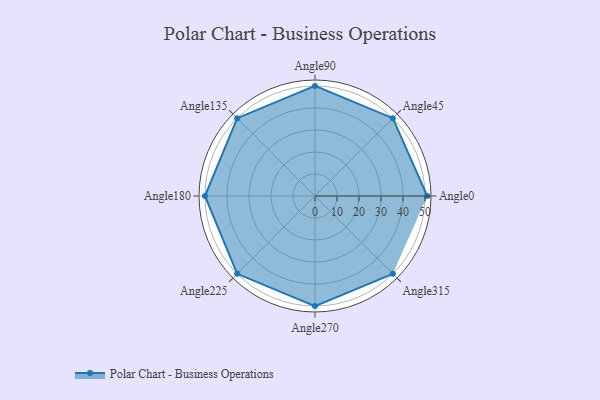
{"axis": {"x": "Angle", "y": "Radius"}, "legend": [""], "data": [{"x": "Angle0", "y": 51.0, "type": ""}, {"x": "Angle45", "y": 50, "type": ""}, {"x": "Angle90", "y": 50, "type": ""}, {"x": "Angle135", "y": 50, "type": ""}, {"x": "Angle180", "y": 50, "type": ""}, {"x": "Angle225", "y": 50, "type": ""}, {"x": "Angle270", "y": 50, "type": ""}, {"x": "Angle315", "y": 50, "type": ""}]}